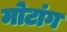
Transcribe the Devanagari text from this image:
मोटांग